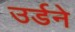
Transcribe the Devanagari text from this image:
उर्डने